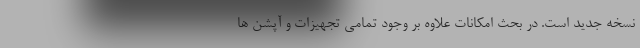
نسخه جدید است. در بحث امکانات علاوه بر وجود تمامی تجهیزات و آپشن ها